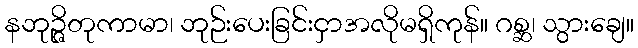
နဘုဉ္ဇိတုကာမာ၊ ဘုဉ်းပေးခြင်းငှာအလိုမရှိကုန်။ ဂစ္ဆ၊ သွားချေ။